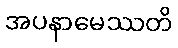
အပနာမေဿတိ